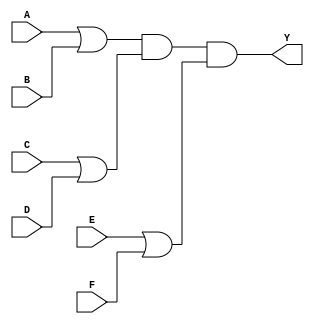
module pos_simplification (
    input wire A,  // Input variable A
    input wire B,  // Input variable B
    input wire C,  // Input variable C
    input wire D,  // Input variable D
    input wire E,  // Input variable E
    input wire F,  // Input variable F
    output wire Y  // Output Y representing the POS result
);

// Intermediate signals for sum terms
wire sum1; // Represents (A + B)
wire sum2; // Represents (C + D)
wire sum3; // Represents (E + F)

// Sum term calculations using OR gates
assign sum1 = A | B; // (A + B)
assign sum2 = C | D; // (C + D)
assign sum3 = E | F; // (E + F)

// Final output Y using AND gates on the sum terms
assign Y = sum1 & sum2 & sum3; // (A + B)(C + D)(E + F)

endmodule